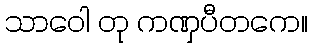
သာဝေါ တု ကဏှပီတကေ။